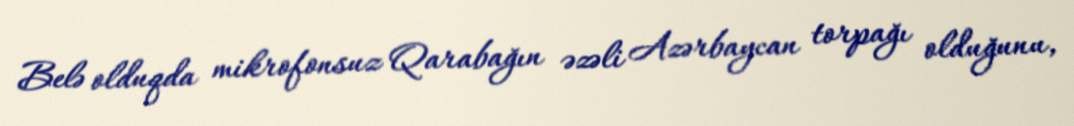
Belə olduqda mikrofonsuz Qarabağın əzəli Azərbaycan torpağı olduğunu,